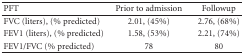
<table><thead><tr><td><b>PFT</b></td><td><b>Prior to admission</b></td><td><b>Followup</b></td></tr></thead><tbody><tr><td>FVC (liters), (% predicted)</td><td>2.01, (45%)</td><td>2.76, (68%)</td></tr><tr><td>FEV1 (liters), (% predicted)</td><td>1.58, (53%)</td><td>2.21, (74%)</td></tr><tr><td>FEV1/FVC (% predicted)</td><td>78</td><td>80</td></tr></tbody></table>